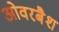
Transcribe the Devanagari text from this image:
ओवरबैश